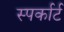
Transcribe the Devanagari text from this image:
स्पर्कार्ट